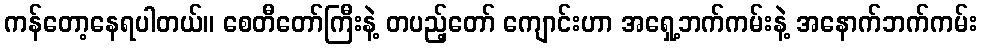
ကန်တော့နေရပါတယ်။ စေတီတော်ကြီးနဲ့ တပည့်တော် ကျောင်းဟာ အရှေ့ဘက်ကမ်းနဲ့ အနောက်ဘက်ကမ်း